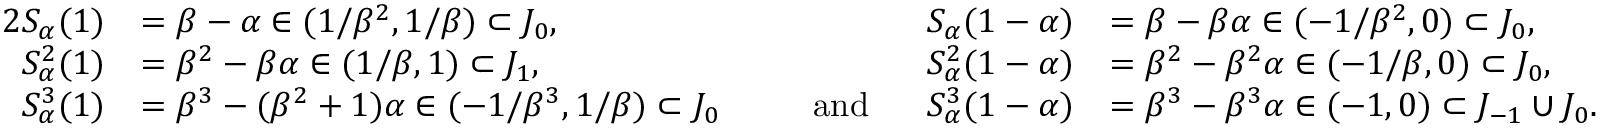
\begin{array} { r l r l } { { 2 } S _ { \alpha } ( 1 ) } & { = \beta - \alpha \in ( 1 / \beta ^ { 2 } , 1 / \beta ) \subset J _ { 0 } , } & { S _ { \alpha } ( 1 - \alpha ) } & { = \beta - \beta \alpha \in ( - 1 / \beta ^ { 2 } , 0 ) \subset J _ { 0 } , } \\ { S _ { \alpha } ^ { 2 } ( 1 ) } & { = \beta ^ { 2 } - \beta \alpha \in ( 1 / \beta , 1 ) \subset J _ { 1 } , } & { S _ { \alpha } ^ { 2 } ( 1 - \alpha ) } & { = \beta ^ { 2 } - \beta ^ { 2 } \alpha \in ( - 1 / \beta , 0 ) \subset J _ { 0 } , } \\ { S _ { \alpha } ^ { 3 } ( 1 ) } & { = \beta ^ { 3 } - ( \beta ^ { 2 } + 1 ) \alpha \in ( - 1 / \beta ^ { 3 } , 1 / \beta ) \subset J _ { 0 } } & { \ \ \ \ \ \mathrm { a n d } \ \ \ \ \ S _ { \alpha } ^ { 3 } ( 1 - \alpha ) } & { = \beta ^ { 3 } - \beta ^ { 3 } \alpha \in ( - 1 , 0 ) \subset J _ { - 1 } \cup J _ { 0 } . } \end{array}